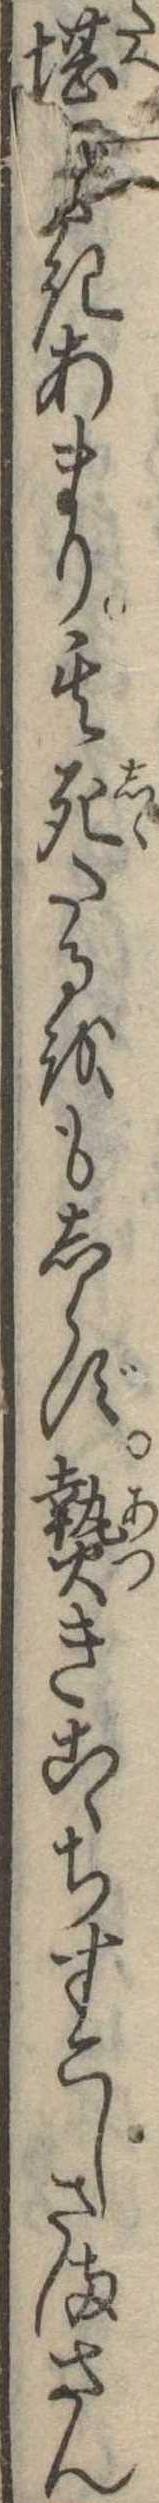
堪きあまり其死たるをもしらず熱きこゝちすこしさまさん